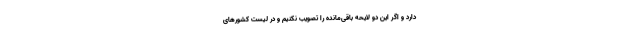
دارد و اگر این دو لایحه باقی‌مانده را تصویب نکنیم و در لیست کشورهای